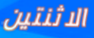
الاثنتين